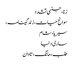
زنا، جنسی تشدد
سوانح حیات، زندگینامہ،
سیریا، شام
ساری دنیا
طلب، مانگ، تاوان